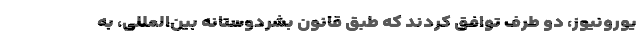
یورونیوز، دو طرف توافق کردند که طبق قانون بشردوستانه بین‌المللی، به